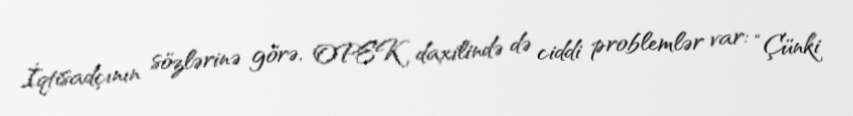
İqtisadçının sözlərinə görə, OPEK daxilində də ciddi problemlər var: “Çünki